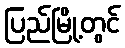
ပြည်မြို့တွင်